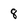
Character: 8